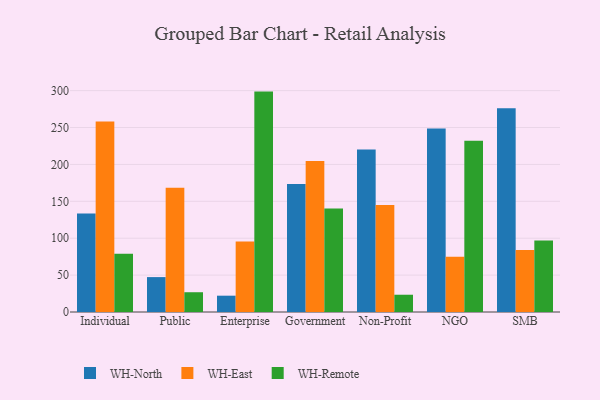
{"axis": {"x": "Segment", "y": "Website Visitors"}, "legend": ["WH-East", "WH-North", "WH-Remote"], "data": [{"x": "Individual", "y": 133.5, "type": "WH-North"}, {"x": "Individual", "y": 258.1, "type": "WH-East"}, {"x": "Individual", "y": 79.0, "type": "WH-Remote"}, {"x": "Public", "y": 47.3, "type": "WH-North"}, {"x": "Public", "y": 168.5, "type": "WH-East"}, {"x": "Public", "y": 26.8, "type": "WH-Remote"}, {"x": "Enterprise", "y": 22.1, "type": "WH-North"}, {"x": "Enterprise", "y": 95.7, "type": "WH-East"}, {"x": "Enterprise", "y": 298.7, "type": "WH-Remote"}, {"x": "Government", "y": 173.4, "type": "WH-North"}, {"x": "Government", "y": 204.7, "type": "WH-East"}, {"x": "Government", "y": 140.4, "type": "WH-Remote"}, {"x": "Non-Profit", "y": 220.2, "type": "WH-North"}, {"x": "Non-Profit", "y": 144.9, "type": "WH-East"}, {"x": "Non-Profit", "y": 23.4, "type": "WH-Remote"}, {"x": "NGO", "y": 248.6, "type": "WH-North"}, {"x": "NGO", "y": 74.8, "type": "WH-East"}, {"x": "NGO", "y": 232.1, "type": "WH-Remote"}, {"x": "SMB", "y": 276.1, "type": "WH-North"}, {"x": "SMB", "y": 84.1, "type": "WH-East"}, {"x": "SMB", "y": 97.0, "type": "WH-Remote"}]}